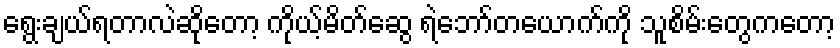
ရွေးချယ်ရတာလဲဆိုတော့ ကိုယ့်မိတ်ဆွေ ရဲဘော်တယောက်ကို သူစိမ်းတွေကတော့